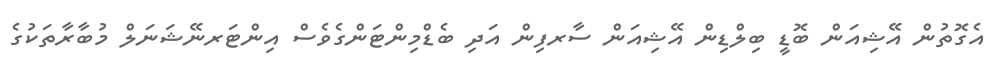
އެގޮތުން އޭޝިއަން ބޮޑީ ބިލްޑިން އޭޝިއަން ސާރފިން އަދި ބެޑްމިންޓަންގެވެސް އިންޓަރނޭޝަނަލް މުބާރާތަކުގެ